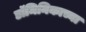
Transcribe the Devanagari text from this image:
डॉमिनिकाच्या